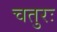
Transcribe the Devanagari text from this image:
चतुरः